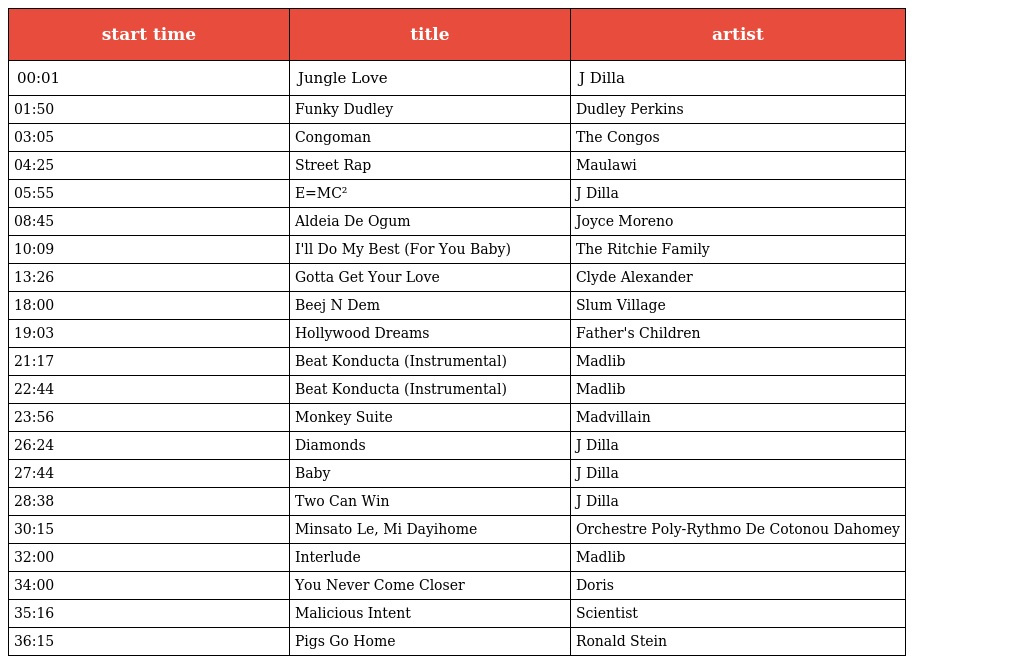
| start time | title | artist |
 | --- | --- | --- |
 | 00:01 | Jungle Love | J Dilla |
 | 01:50 | Funky Dudley | Dudley Perkins |
 | 03:05 | Congoman | The Congos |
 | 04:25 | Street Rap | Maulawi |
 | 05:55 | E=MC² | J Dilla |
 | 08:45 | Aldeia De Ogum | Joyce Moreno |
 | 10:09 | I'll Do My Best (For You Baby) | The Ritchie Family |
 | 13:26 | Gotta Get Your Love | Clyde Alexander |
 | 18:00 | Beej N Dem | Slum Village |
 | 19:03 | Hollywood Dreams | Father's Children |
 | 21:17 | Beat Konducta (Instrumental) | Madlib |
 | 22:44 | Beat Konducta (Instrumental) | Madlib |
 | 23:56 | Monkey Suite | Madvillain |
 | 26:24 | Diamonds | J Dilla |
 | 27:44 | Baby | J Dilla |
 | 28:38 | Two Can Win | J Dilla |
 | 30:15 | Minsato Le, Mi Dayihome | Orchestre Poly-Rythmo De Cotonou Dahomey |
 | 32:00 | Interlude | Madlib |
 | 34:00 | You Never Come Closer | Doris |
 | 35:16 | Malicious Intent | Scientist |
 | 36:15 | Pigs Go Home | Ronald Stein |